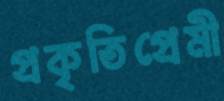
প্রকৃতিপ্রেমী